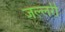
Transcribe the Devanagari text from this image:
जल्लरी